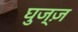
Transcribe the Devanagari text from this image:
घुज्ज़